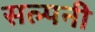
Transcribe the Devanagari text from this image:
सल्पनी